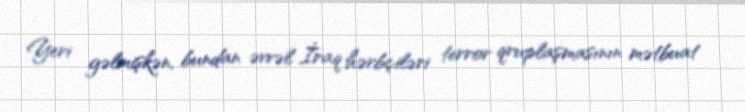
Yeri gəlmişkən, bundan əvvəl İraq hərbçiləri terror qruplaşmasının mətbuat